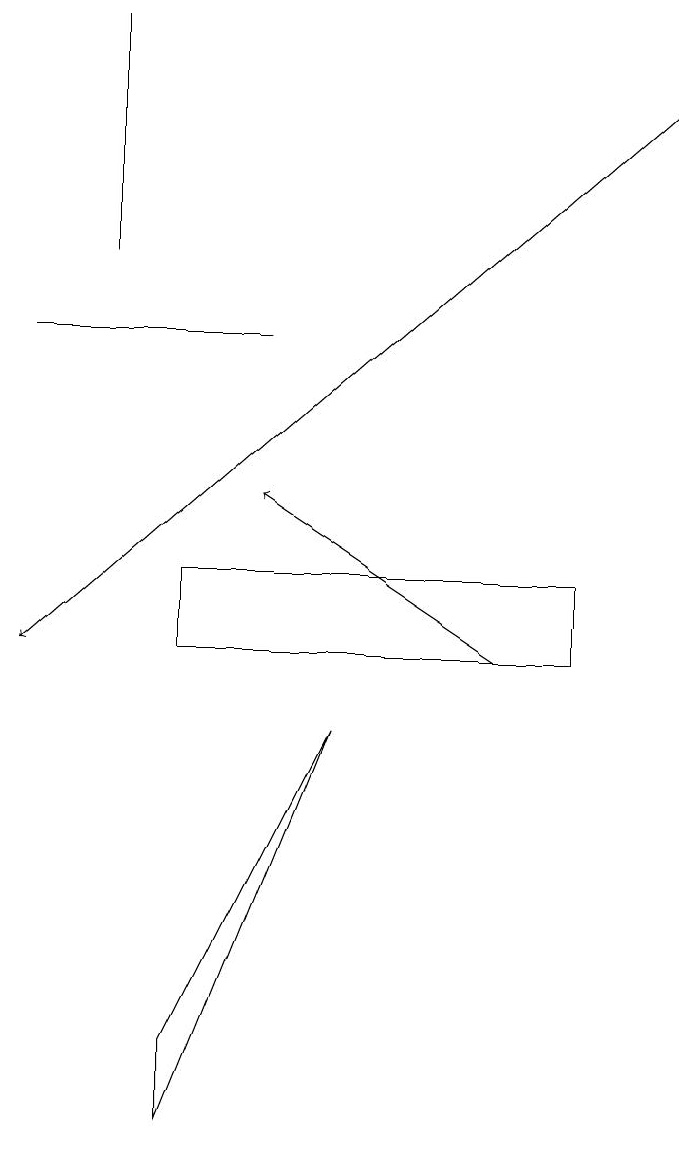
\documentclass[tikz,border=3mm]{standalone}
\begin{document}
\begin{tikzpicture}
\draw[->] (6,10) -- (3,12);
\draw (7,11) rectangle (2,10);
\draw (4,9) -- (2,4) -- (2,5) -- cycle;
\draw (0,14) rectangle (3,14);
\draw (1,15) rectangle (1,18);
\draw[->] (8,17) -- (0,10);
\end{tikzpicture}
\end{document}